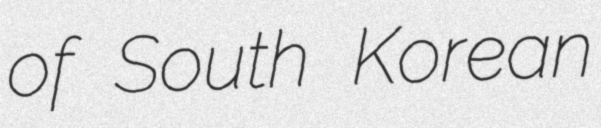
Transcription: of South Korean